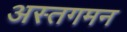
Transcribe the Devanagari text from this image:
अस्तगमन